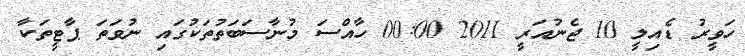
ހަވީރު ޑެއިލީ 10 ޖެނުއަރީ 2011 00:00 ހާއްސަ މުނާސަބަތުތަކުގައި ނުވަތަ ޕާޓީތަކާ